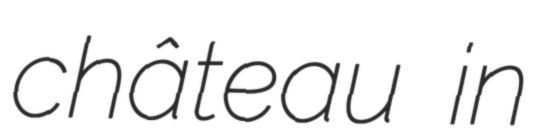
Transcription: château in